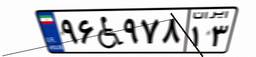
۹۶W۹۷۸۱۳